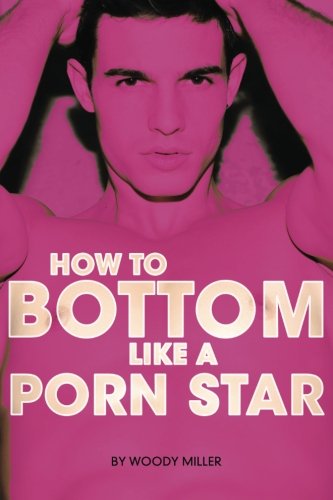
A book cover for How To Bottom Like A Porn Star; Woody Miller; Health, Fitness & Dieting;